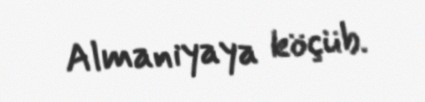
Almaniyaya köçüb.